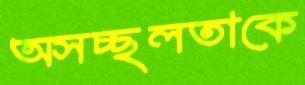
অসচ্ছলতাকে